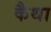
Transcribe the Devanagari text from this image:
कैथा